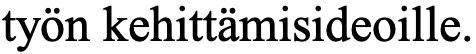
työn kehittämisideoille.